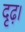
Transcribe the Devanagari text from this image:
दृढ़।